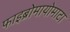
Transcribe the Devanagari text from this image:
फाइब्रोमायोमाटा